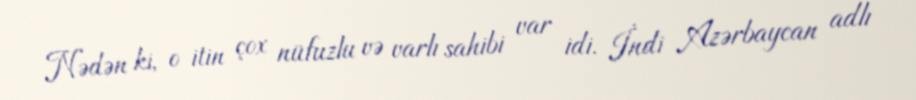
Nədən ki, o itin çox nüfuzlu və varlı sahibi var idi. İndi Azərbaycan adlı